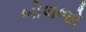
બોલજો